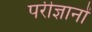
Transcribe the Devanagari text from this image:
परीज्ञानों